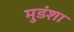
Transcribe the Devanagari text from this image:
मुडंशा